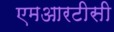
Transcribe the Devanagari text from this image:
एमआरटीसी